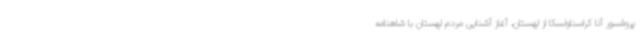
پروفسور آنا کراسناولسکا از لهستان، آغاز آشنایی مردم لهستان با شاهنامه